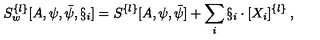
S _ { w } ^ { \{ l \} } [ A , \psi , \bar { \psi } , \S _ { i } ] = S ^ { \{ l \} } [ A , \psi , \bar { \psi } ] + \sum _ { i } \S _ { i } \cdot [ X _ { i } ] ^ { \{ l \} } \: ,